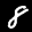
Label: 8